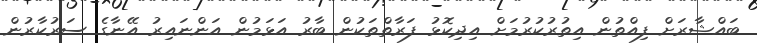
ބައްޝާރަށް ފިއްތުން އިތުރުކުރުމަށް އިދިކޮޅު ފަރާތްތަކުން ބާރު އަޅަމުން އަންނައިރު އޭނާގެ ސަރުކާރުން